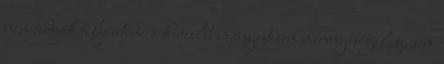
nem tudják teljesíteni a kereslet igényeit sem mennyiségileg, sem